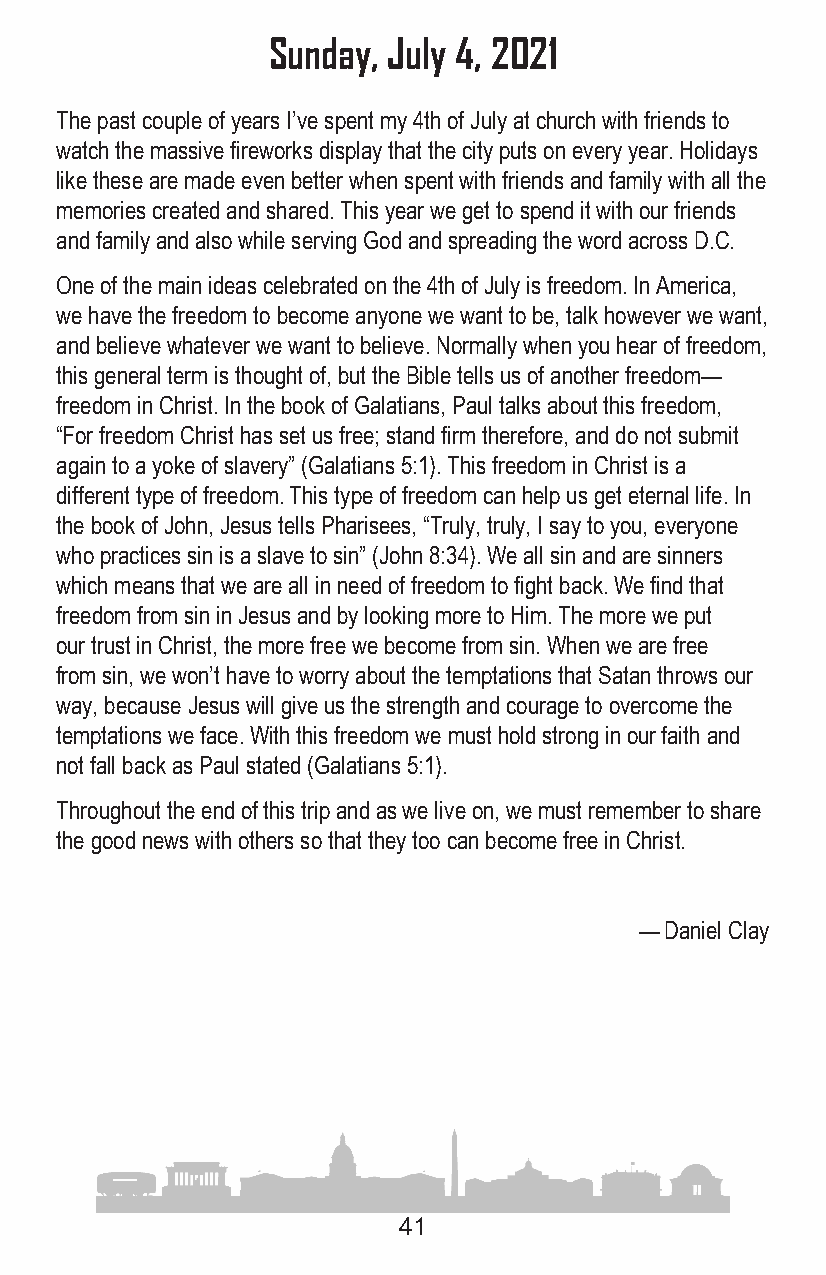
Sunday, July 4, 2021
 The past couple of years I’ve spent my 4th of July at church with friends to
 watch the massive fireworks display that the city puts on every year . Holidays
 like these are made even better when spent with friends and family with all the
 memories created and shared . This year we get to spend it with our friends
 and family and also while serving God and spreading the word across D .C .
 One of the main ideas celebrated on the 4th of July is freedom . In America,
 we have the freedom to become anyone we want to be, talk however we want,
 and believe whatever we want to believe . Normally when you hear of freedom,
 this general term is thought of, but the Bible tells us of another freedom—
 freedom in Christ . In the book of Galatians, Paul talks about this freedom,
 “For freedom Christ has set us free; stand firm therefore, and do not submit
 again to a yoke of slavery” (Galatians 5:1) . This freedom in Christ is a
 different type of freedom . This type of freedom can help us get eternal life . In
 the book of John, Jesus tells Pharisees, “Truly, truly, I say to you, everyone
 who practices sin is a slave to sin” (John 8:34) . We all sin and are sinners
 which means that we are all in need of freedom to fight back . We find that
 freedom from sin in Jesus and by looking more to Him . The more we put
 our trust in Christ, the more free we become from sin . When we are free
 from sin, we won’t have to worry about the temptations that Satan throws our
 way, because Jesus will give us the strength and courage to overcome the
 temptations we face . With this freedom we must hold strong in our faith and
 not fall back as Paul stated (Galatians 5:1) .
 Throughout the end of this trip and as we live on, we must remember to share
 the good news with others so that they too can become free in Christ .
 — Daniel Clay
 41